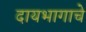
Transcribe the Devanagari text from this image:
दायभागाचे